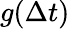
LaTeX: g(\Delta t)